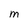
Character: m